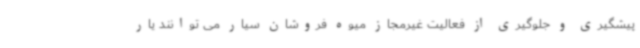
پیشگیری و جلوگیری از فعالیت غیرمجاز میوه فروشان سیار می توانند یار